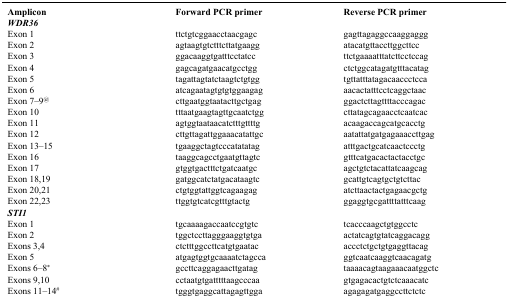
| Amplicon | Forward PCR primer | Reverse PCR primer |
 | --- | --- | --- |
 | <COLSPAN=3> WDR36 |
 | Exon 1 | ttctgtcggaacctaacgagc | gagttagaggccaaggaggg |
 | Exon 2 | agtaagtgtctttcttatgaagg | atacatgttaccttggcttcc |
 | Exon 3 | ggacaaggtgatttcctatcc | ttctgaaaatttatcttcctccag |
 | Exon 4 | gagcagatgaacatgcctgg | ctctggcatagatgtttacatag |
 | Exon 5 | tagattagtatctaagtctgtgg | tgttatttatagacaaccctcca |
 | Exon 6 | atcagaatagtgtgtggaagag | aacactatttcctcaggctaac |
 | Exon 7–9@ | cttgaatggtaatacttgctgag | ggactcttagttttacccagac |
 | Exon 10 | tttaatgaagtagttgcaatctgg | cttatagcagaacctcaatcac |
 | Exon 11 | agtggtaataacatctttgttttg | acaagaccagcatgcacctg |
 | Exon 12 | cttgttagattggaaacatattgc | aatattatgatgagaaaccttgag |
 | Exon 13–15 | tgaaggctagtcccatatatag | atttgactgcatcaactccctg |
 | Exon 16 | taaggcagcctgaatgttagtc | gtttcatgacactactacctgc |
 | Exon 17 | gtggtgactttctgatcaatgc | agctgtctacattatcaagcag |
 | Exon 18,19 | gatggcatctatgacataagtc | gcattgtcagtgctgtcttac |
 | Exon 20,21 | ctgtggtattggtcagaagag | atcttaactactgagaacgctg |
 | Exon 22,23 | ttggtgtcatcgtttgtactg | ggaggtgcgattttatttcaag |
 | <COLSPAN=3> STI1 |
 | Exon 1 | tgcaaaagaccaatccgtgtc | tcacccaagctgtggcctc |
 | Exon 2 | tggctccttagggaaggtgtga | actatcagtgtatcaggacagg |
 | Exons 3,4 | ctctttggccttcatgtgaatac | accctctgctgtgaggttacag |
 | Exon 5 | atgagtggtgcaaaatctagcca | ggtcaatcaaggtcaacagatg |
 | Exons 6–8* | gccttcaggagaacttgatag | taaaacagtaagaaacaatggctc |
 | Exons 9,10 | cctaatgtgatttttaagcccaa | gtgagacactgtctcaaacatc |
 | Exons 11–14# | tgggtgaggcattagagttgga | agagagatgaggccttctctc |